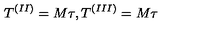
T ^ { ( I I ) } = M \tau , T ^ { ( I I I ) } = M \tau